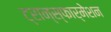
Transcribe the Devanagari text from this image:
ट्रान्स्फार्मेशन